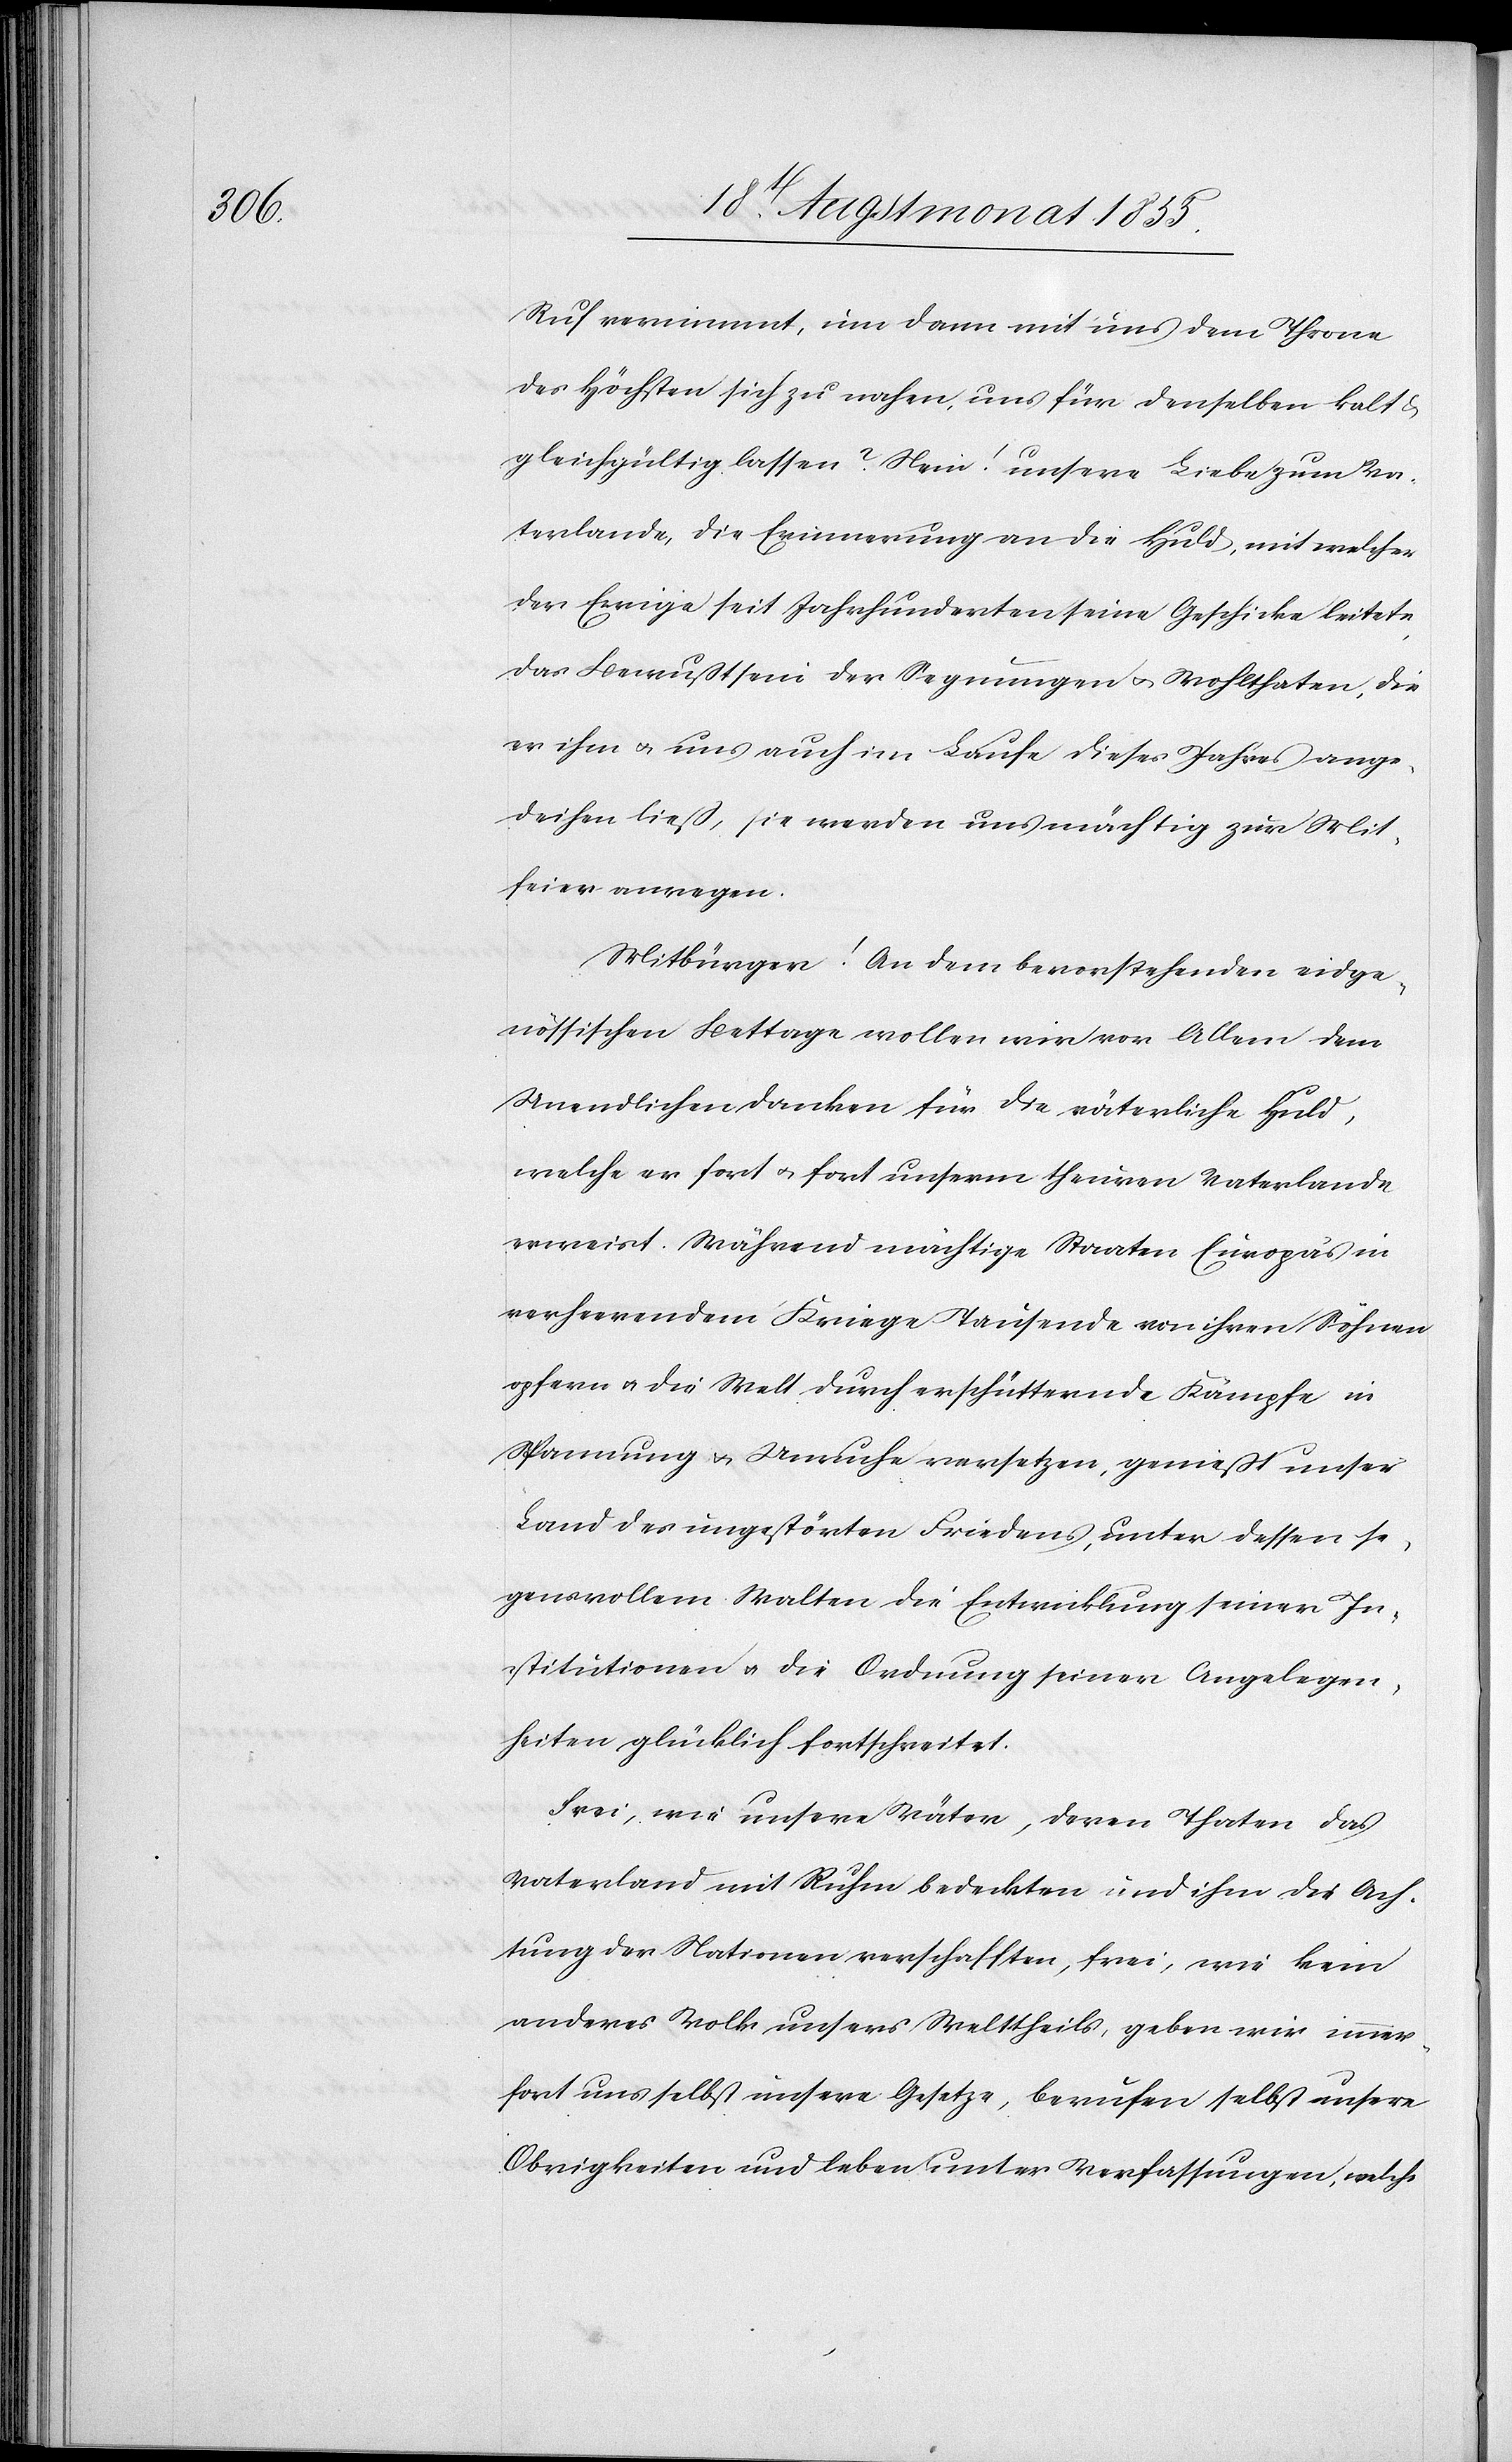
Ruf vernimmt, um dann mit uns dem Throne
des Höchsten sich zu nahen, uns für denselben kalt &
gleichgültig lassen? Nein! unsere Liebe zum Va¬
terlande, die Erinnerung an die Huld, mit welcher
der Ewige seit Jahrhunderten seine Geschicke leitete,
das Bewußtsein der Segnungen & Wohlthaten, die
er ihm & uns auch im Laufe dieses Jahres ange¬
deihen ließ, sie werden uns mächtig zur Mit¬
feier anregen.
Mitbürger! An dem bevorstehenden eidge¬
nössischen Bettage wollen wir vor Allem dem
Unendlichen danken für die väterliche Huld,
welche er fort & fort unserm theuren Vaterlande
erweist. Während mächtige Staaten Europa’s in
verheerendem Kriege Tausende von ihren Söhnen
opfern & die Welt durch erschütternde Kämpfe in
Spannung & Unruhe versetzen, genießt unser
Land des ungestörten Friedens, unter dessen se¬
gensvollem Walten die Entwicklung seiner In¬
stitutionen & die Ordnung seiner Angelegen¬
heiten glücklich fortschreitet.
Frei, wie unsere Väter, deren Thaten das
Vaterland mit Ruhm bedeckten und ihm die Ach¬
tung der Nationen verschafften, frei, wie kein
anderes Volk unsers Welttheils, geben wir immer¬
fort uns selbst unsere Gesetze, berufen selbst unsere
Obrigkeiten und leben unter Verfassungen, welche